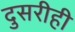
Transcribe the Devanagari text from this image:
दुसरीही